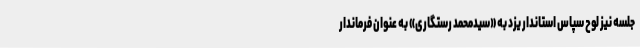
جلسه نیز لوح سپاس استاندار یزد به «سیدمحمد رستگاری» به عنوان فرماندار